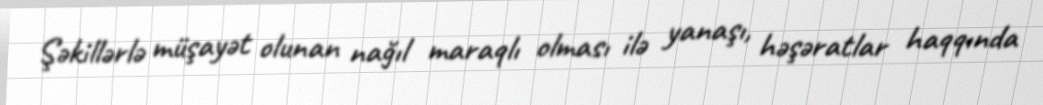
Şəkillərlə müşayət olunan nağıl maraqlı olması ilə yanaşı, həşəratlar haqqında